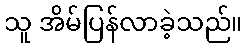
သူ အိမ်ပြန်လာခဲ့သည်။